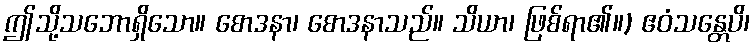
ဤသို့သဘောရှိသော။ စောဒနာ၊ စောဒနာသည်။ သိယာ၊ ဖြစ်ရာ၏။) ဧဝံသန္တေပိ၊